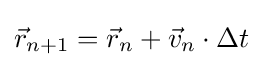
{\vec {r}}_{n+1}={\vec {r}}_{n}+{\vec {v}}_{n}\cdot \Delta t